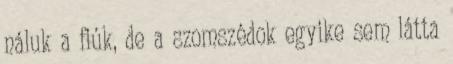
náluk a fiúk, de a szomszédok egyike sem látta